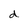
Character: d